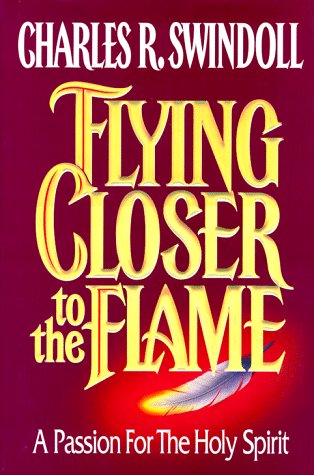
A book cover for Flying Closer to the Flame: A Passion for the Holy Spirit; Charles R. Swindoll; Christian Books & Bibles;